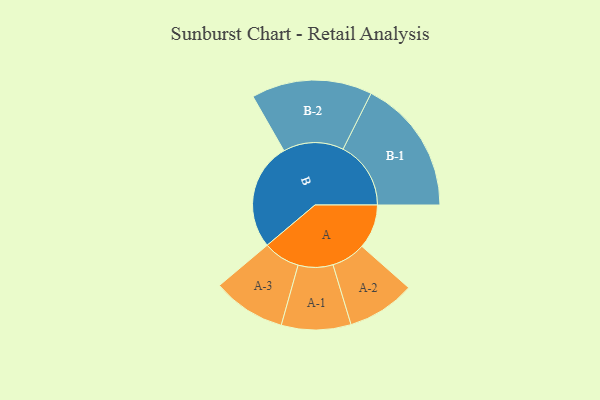
{"axis": {"x": "Segment", "y": "Value"}, "legend": ["", "A", "B"], "data": [{"x": "A", "y": 185, "type": ""}, {"x": "B", "y": 448, "type": ""}, {"x": "A-1", "y": 145, "type": "A"}, {"x": "A-2", "y": 142, "type": "A"}, {"x": "A-3", "y": 153, "type": "A"}, {"x": "B-1", "y": 283, "type": "B"}, {"x": "B-2", "y": 252, "type": "B"}]}